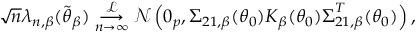
\sqrt { n } \boldsymbol { \lambda } _ { n , \beta } ( \widetilde { \boldsymbol { \theta } } _ { \beta } ) \underset { n \rightarrow \infty } { \overset { \mathcal { L } } { \longrightarrow } } \mathcal { N } \left( \boldsymbol { 0 } _ { p } , \boldsymbol { \Sigma } _ { 2 1 , \beta } ( \boldsymbol { \theta } _ { 0 } ) \boldsymbol { K } _ { \beta } ( \boldsymbol { \theta } _ { 0 } ) \boldsymbol { \Sigma } _ { 2 1 , \beta } ^ { T } ( \boldsymbol { \theta } _ { 0 } ) \right) ,